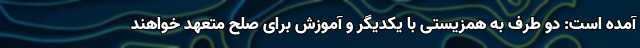
آمده است: دو طرف به همزیستی با یکدیگر و آموزش برای صلح متعهد خواهند